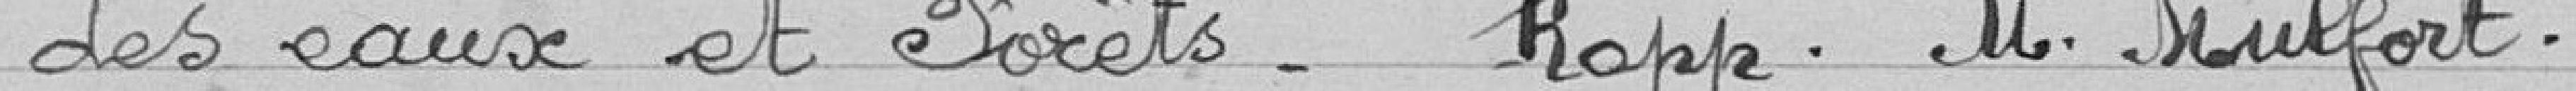
des eaux et forêts - rapporteur monsieur Mulfort